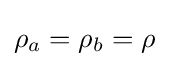
\rho _{a}=\rho _{b}=\rho